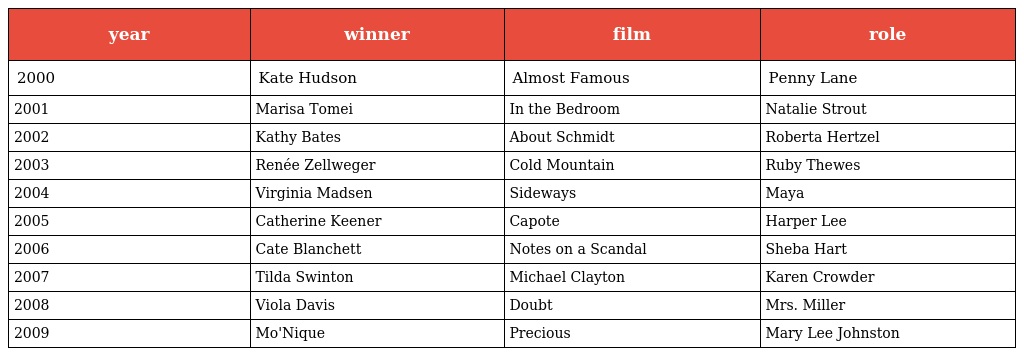
| year | winner | film | role |
 | --- | --- | --- | --- |
 | 2000 | Kate Hudson | Almost Famous | Penny Lane |
 | 2001 | Marisa Tomei | In the Bedroom | Natalie Strout |
 | 2002 | Kathy Bates | About Schmidt | Roberta Hertzel |
 | 2003 | Renée Zellweger | Cold Mountain | Ruby Thewes |
 | 2004 | Virginia Madsen | Sideways | Maya |
 | 2005 | Catherine Keener | Capote | Harper Lee |
 | 2006 | Cate Blanchett | Notes on a Scandal | Sheba Hart |
 | 2007 | Tilda Swinton | Michael Clayton | Karen Crowder |
 | 2008 | Viola Davis | Doubt | Mrs. Miller |
 | 2009 | Mo'Nique | Precious | Mary Lee Johnston |